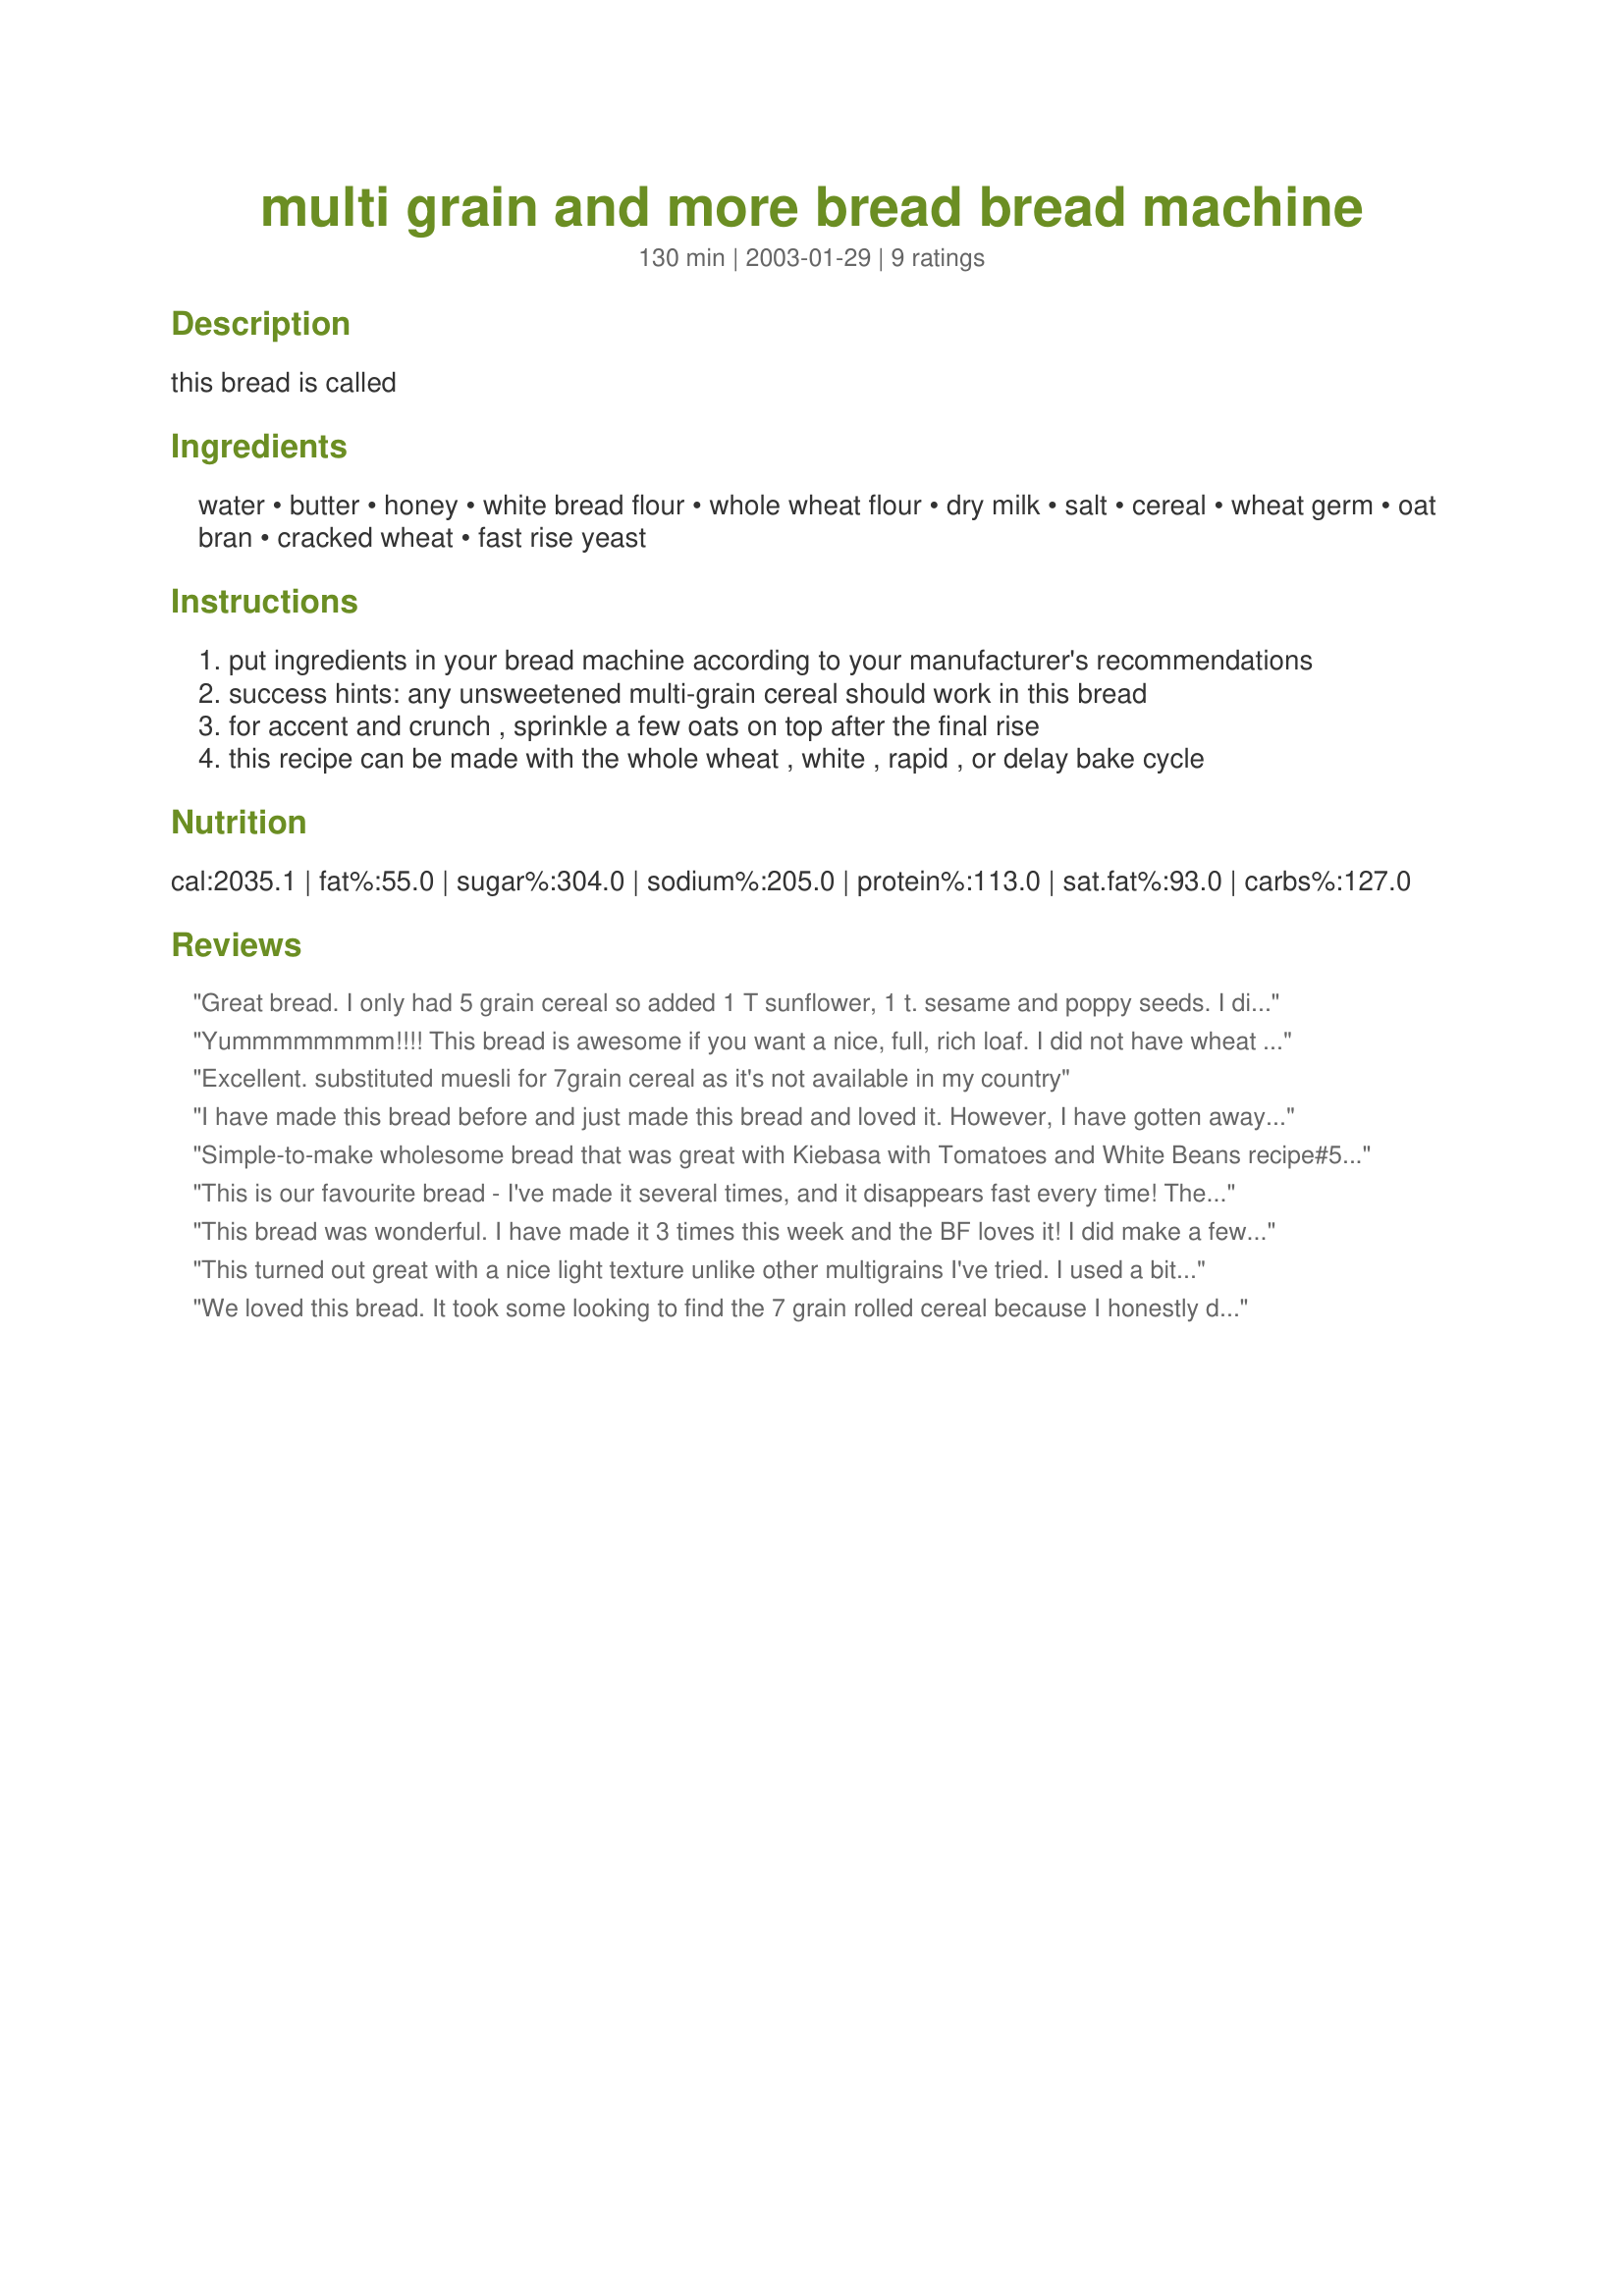
multi grain and more bread bread machine
Preparation time: 130 minutes

this bread is called

Ingredients:
water, butter, honey, white bread flour, whole wheat flour, dry milk, salt, cereal, wheat germ, oat bran, cracked wheat, fast rise yeast

Steps:
put ingredients in your bread machine according to your manufacturer's recommendations
success hints: any unsweetened multi-grain cereal should work in this bread
for accent and crunch , sprinkle a few oats on top after the final rise
this recipe can be made with the whole wheat , white , rapid , or delay bake cycle

Reviews:
Great bread. I only had 5 grain cereal so added 1 T sunflower, 1 t. sesame and poppy seeds. I did it in the ABM and baked in the oven at 350 deg. for 30 min.
Yummmmmmmm!!!! This bread is awesome if you want a nice, full, rich loaf. I did not have wheat germ, so I substituted oats, and I didn't have cracked wheat, so I just omitted that. I am buying both of those tomorrow and will be making this often!!! My fave so far! Thanks so much for sharing! :O)
Excellent. substituted muesli for 7grain cereal as it's not available in my country
I have made this bread before and just made this bread and loved it. However, I have gotten away from baking breads in my bread machine because I just like an oven baked loaf better. I made this in the bread machine on the dough cycle, took it out and punched it down and put it in a greased bread pan, let it rise again for about 40 minutes and baked it for 30 min at 350 degrees. It's a great bread.
Simple-to-make wholesome bread that was great with Kiebasa with Tomatoes and White Beans recipe#58823. Since I didn't have any oat bran I doubled the cracked wheat (used 4 Tablespoons) and because I live in a high altidue area I only used 1 1/2 teaspoons yeast. My subsitutions may have been incorrect because my bread caved in the middle but was still deliciious.
This is our favourite bread - I've made it several times, and it disappears fast every time! The only change I make is that I use 12 grain cereal instead of the 7 grain stuff. Excellent recipe.
This bread was wonderful. I have made it 3 times this week and the BF loves it! I did make a few changes. I used 2 cups white bread flour and one cup whole wheat flour. I also used 10 grain hot cereal by Red Mill so I didn't use oat bran or cracked wheat because it was in the 10 grain. I also added a tablespoon of brown sugar. LOVED IT...LOVED IT...LOVED IT!!! :)Thank You!
This turned out great with a nice light texture unlike other multigrains I've tried. I used a bit more whole wheat and a bit less white flour also I didn't have oat bran or cracked wheat so I subbed ground flax seeds and rolled oats. I formed it into two smaller loaves and baked in a 350F oven for about 25 minutes. Perfect! Thanks for posting, Bev.
We loved this bread. It took some looking to find the 7 grain rolled cereal because I honestly didn't know what it was. The 7 grain was a huge bag and a bit pricey and since I didn't know if it would be something we would just eat as cereal I went for the smaller bag of 5 grain cereal with flax. I needed to add a bit more flour while it was mixing - the dough was a bit sticky but after the addition of about 2T of flour it turned out to be a perfect loaf. Delicious with our homemade turkey noodle soup and so good that I'm going to make another loaf tomorrow to take to dinner at a friend's house. So happy I tried this recipe - it's a keeper!
